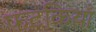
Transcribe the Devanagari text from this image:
फटकियाँ